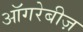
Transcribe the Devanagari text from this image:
ऑगरेबीज़